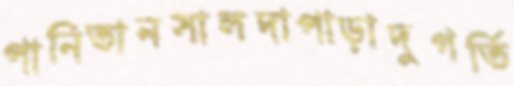
পানিতানসালদাপাড়াদুগর্তি